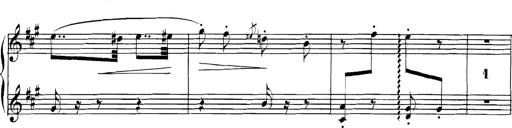
Title: Spinnerlied aus dem Fliegenden HollÃ¤nder
Composer: Franz Liszt